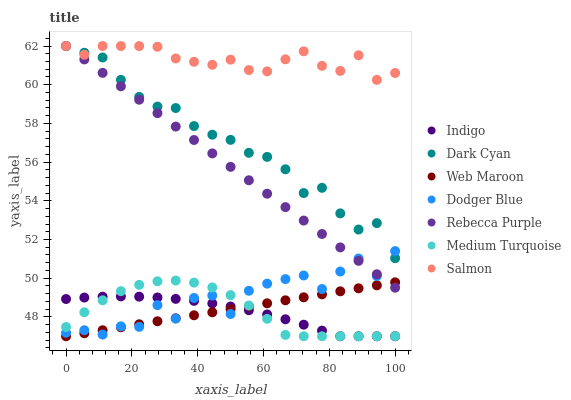
| xaxis_label | Indigo | Dark Cyan | Web Maroon | Dodger Blue | Rebecca Purple | Medium Turquoise | Salmon |
 | --- | --- | --- | --- | --- | --- | --- | --- |
 | 0 | 48.9 | 62 | 47 | 47.2 | 62 | 47.5 | 62 |
 | 5.56 | 49 | 61.7 | 47.2 | 47.3 | 61.3 | 48.2 | 61.5 |
 | 11.1 | 49 | 61.4 | 47.3 | 47.1 | 60.6 | 48.9 | 62 |
 | 16.7 | 49.1 | 60.3 | 47.5 | 47.5 | 59.9 | 49.3 | 62 |
 | 22.2 | 49 | 59.4 | 47.6 | 47.5 | 59.2 | 49.7 | 62 |
 | 27.8 | 49 | 58.9 | 47.8 | 48.6 | 58.5 | 49.8 | 62 |
 | 33.3 | 48.9 | 58.8 | 47.9 | 47.9 | 57.8 | 49.9 | 61.4 |
 | 38.9 | 48.8 | 57.9 | 48.1 | 49 | 57.1 | 49.8 | 61.2 |
 | 44.4 | 48.7 | 57.4 | 48.2 | 49.1 | 56.4 | 49.5 | 61 |
 | 50 | 48.5 | 57.1 | 48.4 | 48.2 | 55.8 | 49.1 | 61.3 |
 | 55.6 | 48.3 | 56.5 | 48.5 | 49.3 | 55.1 | 48.6 | 60.8 |
 | 61.1 | 48.1 | 56.3 | 48.7 | 49.7 | 54.4 | 47.9 | 60.7 |
 | 66.7 | 47.9 | 55.6 | 48.9 | 50 | 53.7 | 47.1 | 61.3 |
 | 72.2 | 47.6 | 54.4 | 49 | 50.1 | 53 | 47 | 61.7 |
 | 77.8 | 47.3 | 54.7 | 49.2 | 49.4 | 52.3 | 47 | 61 |
 | 83.3 | 47 | 53.4 | 49.3 | 50.3 | 51.6 | 47 | 60.7 |
 | 88.9 | 47 | 52.5 | 49.5 | 51 | 50.9 | 47 | 61.5 |
 | 94.4 | 47 | 52.8 | 49.6 | 50.1 | 50.2 | 47 | 60.3 |
 | 100 | 47 | 51 | 49.8 | 51.4 | 49.5 | 47 | 60.6 |